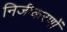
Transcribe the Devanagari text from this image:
निजीकरणों